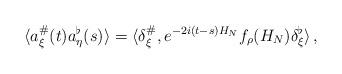
LaTeX: \begin{align*}\langle a_\xi^\#(t)a_\eta^\flat(s) \rangle = \langle \delta_\xi^\# , e^{-2i (t-s) H_N} f_\rho(H_N) \delta_\xi^\flat \rangle \, ,\end{align*}